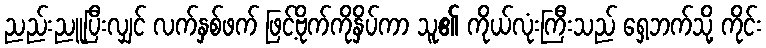
ညည်းညူပြီးလျှင် လက်နှစ်ဖက် ဖြင့်ဗိုက်ကိုနှိပ်ကာ သူ၏ ကိုယ်လုံးကြီးသည် ရှေ့ဘက်သို့ ကိုင်း